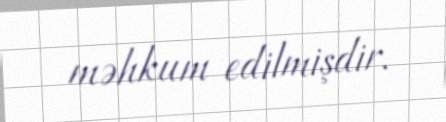
məhkum edilmişdir.